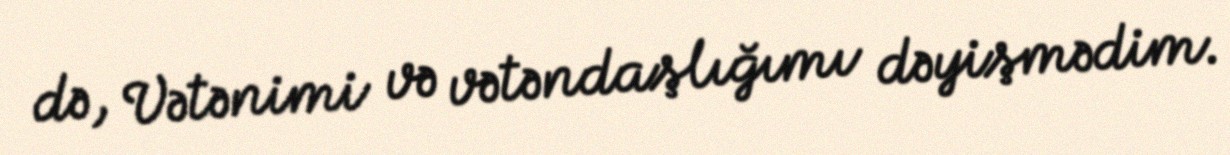
də, Vətənimi və vətəndaşlığımı dəyişmədim.